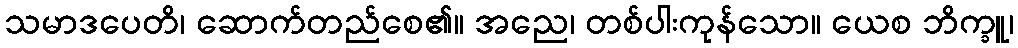
သမာဒပေတိ၊ ဆောက်တည်စေ၏။ အညေ၊ တစ်ပါးကုန်သော။ ယေစ ဘိက္ခူ၊